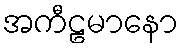
အကီဠမာနော